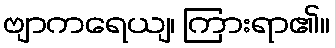
ဗျာကရေယျ၊ ကြားရာ၏။